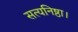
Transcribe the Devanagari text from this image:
सत्यनिष्ठा।